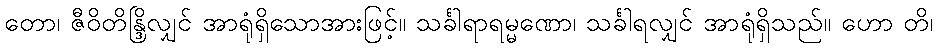
တော၊ ဇီဝိတိန္ဒြိလျှင် အာရုံရှိသောအားဖြင့်။ သင်္ခါရာရမ္မဏော၊ သင်္ခါရလျှင် အာရုံရှိသည်။ ဟော တိ၊